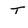
Character: T